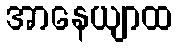
အာနေယျာထ